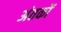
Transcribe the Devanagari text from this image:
अंतकों